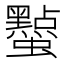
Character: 𮕔